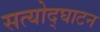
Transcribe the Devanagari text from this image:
सत्योद्घाटन